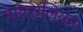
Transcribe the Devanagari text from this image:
मैक्सिलियन